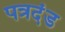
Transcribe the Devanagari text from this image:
पत्रदंड